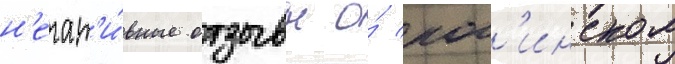
н'егат'и́вные отзывы о́ рог'инском